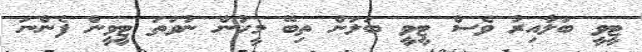
ޓީވީ ބަލާއިރު ވެސް ޓީވީ ބަލަން ތިބޭ މީހުން ނުވަތަ ޓީވީން ފެންނަ